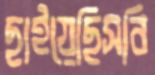
ছাইয়েছিসবি